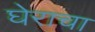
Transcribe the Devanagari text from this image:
घेराचा